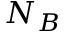
N _ { B }